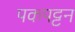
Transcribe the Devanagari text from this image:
पकपट्टन